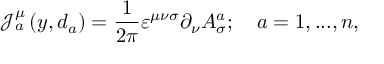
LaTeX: \mathcal { J } _ { a } ^ { \mu } \left( y , d _ { a } \right) = \frac { 1 } { 2 \pi } \varepsilon ^ { \mu \nu \sigma } \partial _ { \nu } A _ { \sigma } ^ { a } ; \quad a = 1 , . . . , n ,